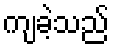
ကျခဲ့သည်